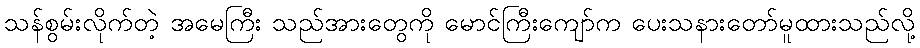
သန်စွမ်းလိုက်တဲ့ အမေကြီး သည်အားတွေကို မောင်ကြီးကျော်က ပေးသနားတော်မူထားသည်လို့